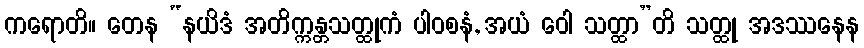
ကရောတိ။ တေန “နယိဒံ အတိက္ကန္တသတ္ထုကံ ပါဝစနံ, အယံ ဝေါ သတ္ထာ”တိ သတ္ထု အဒဿနေန